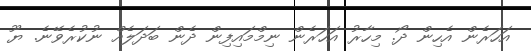
އަހަރެން އެހިން ދޯ. މިހާރު އަހަރެން ނިމްމައިފިން ދެން ބަދަލެއް ނުކުރެވޭނެ. ޔޫ